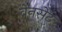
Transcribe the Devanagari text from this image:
वेनसेट